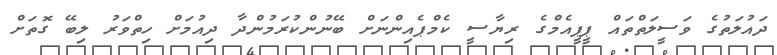
ދައުލަތުގެ ވަސީލަތްތައް ޕީޕީއެމްގެ ރިޔާސީ ކެމްޕެއިންނަށް ބޭނުންކުރަމުންދާ ދިއުމަށް ހިތްވަރު ލިބޭ ގޮތަށް